Indian journal of veterinary science and animal husbandry - Volume 4,
Year: 1934
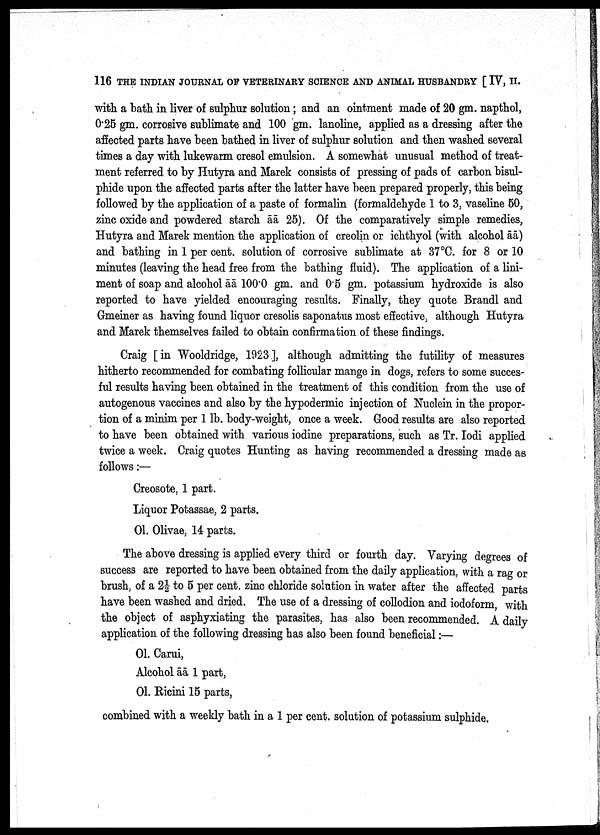
116 THE INDIAN JOURNAL OF VETERINARY SCIENCE AND ANIMAL HUSBANDRY [ IV, II.
with a bath in liver of sulphur solution; and an ointment made of 20 gm. napthol,
0.25 gm. corrosive sublimate and 100 gm. lanoline, applied as a dressing after the
affected parts have been bathed in liver of sulphur solution and then washed several
times a day with lukewarm cresol emulsion. A somewhat unusual method of treat
ment referred to by Hutyra and Marek consists of pressing of pads of carbon bisul
phide upon the affected parts after the latter have been prepared properly, this being
followed by the application of a paste of formalin (formaldehyde 1 to 3, vaseline 50,
zinc oxide and powdered starch āā 25). Of the comparatively simple remedies,
Hutyra and Marek mention the application of creolin or ichthyol (with alcohol āā)
and bathing in 1 per cent. solution of corrosive sublimate at 37°C. for 8 or 10
minutes (leaving the head free from the bathing fluid). The application of a lini
ment of soap and alcohol āā 100.0 gm. and 0.5 gm. potassium hydroxide is also
reported to have yielded encouraging results. Finally, they quote Brandl and
Gmeiner as having found liquor cresolis saponatus most effective, although Hutyra
and Marek themselves failed to obtain confirmation of these findings.
Craig [in Wooldridge, 1923], although admitting the futility of measures
hitherto recommended for combating follicular mange in dogs, refers to some succes¬
ful results having been obtained in the treatment of this condition from the use of
autogenous vaccines and also by the hypodermic injection of Nuclein in the propor
tion of a minim per 1 lb. body-weight, once a week. Good results are also reported
to have been obtained with various iodine preparations, such as Tr. Iodi applied
twice a week. Craig quotes Hunting as having recommended a dressing made as
follows:—
Creosote.. 1 part.
Liquor Potassae, 2 parts.
01. Olivae, 14 parts.
The above dressing is applied every third or fourth day. Varying degrees of
success are reported to have been obtained from the daily application, with a rag or
brush, of a 2½ to 5 per cent. zinc chloride solution in water after the affected parts
have been washed and dried. The use of a dressing of collodion and iodoform, with
the object of asphyxiating the parasites, has also been recommended. A daily
application of the following dressing has also been found beneficial:—
01. Carui,
Alcohol āā 1 part,
01. Ricini 15 parts,
combined with a weekly bath in a 1 per cent. solution of potassium sulphide,